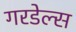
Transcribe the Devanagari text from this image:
गरडेल्स